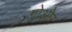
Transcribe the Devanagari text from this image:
गोओर